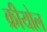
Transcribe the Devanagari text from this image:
क्रीयोल